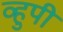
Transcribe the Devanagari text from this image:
व्हुपी